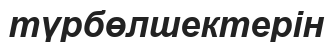
түрбөлшектерін